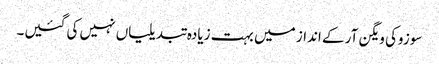
سوزوکی ویگن آر کے انداز میں بہت زیادہ تبدیلیاں نہیں کی گئیں۔